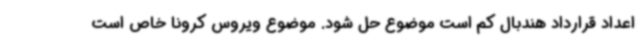
اعداد قرارداد هندبال کم است موضوع حل شود. موضوع ویروس کرونا خاص است